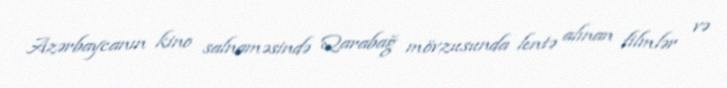
Azərbaycanın kino salnaməsində Qarabağ mövzusunda lentə alınan filmlər və